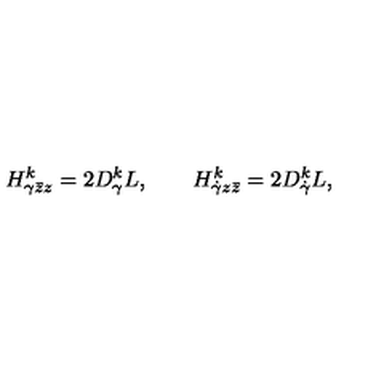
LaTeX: H _ { \gamma \bar { z } z } ^ { k } = 2 D _ { \gamma } ^ { k } L , \qquad H _ { \dot { \gamma } z \bar { z } } ^ { k } = 2 D _ { \dot { \gamma } } ^ { k } L ,